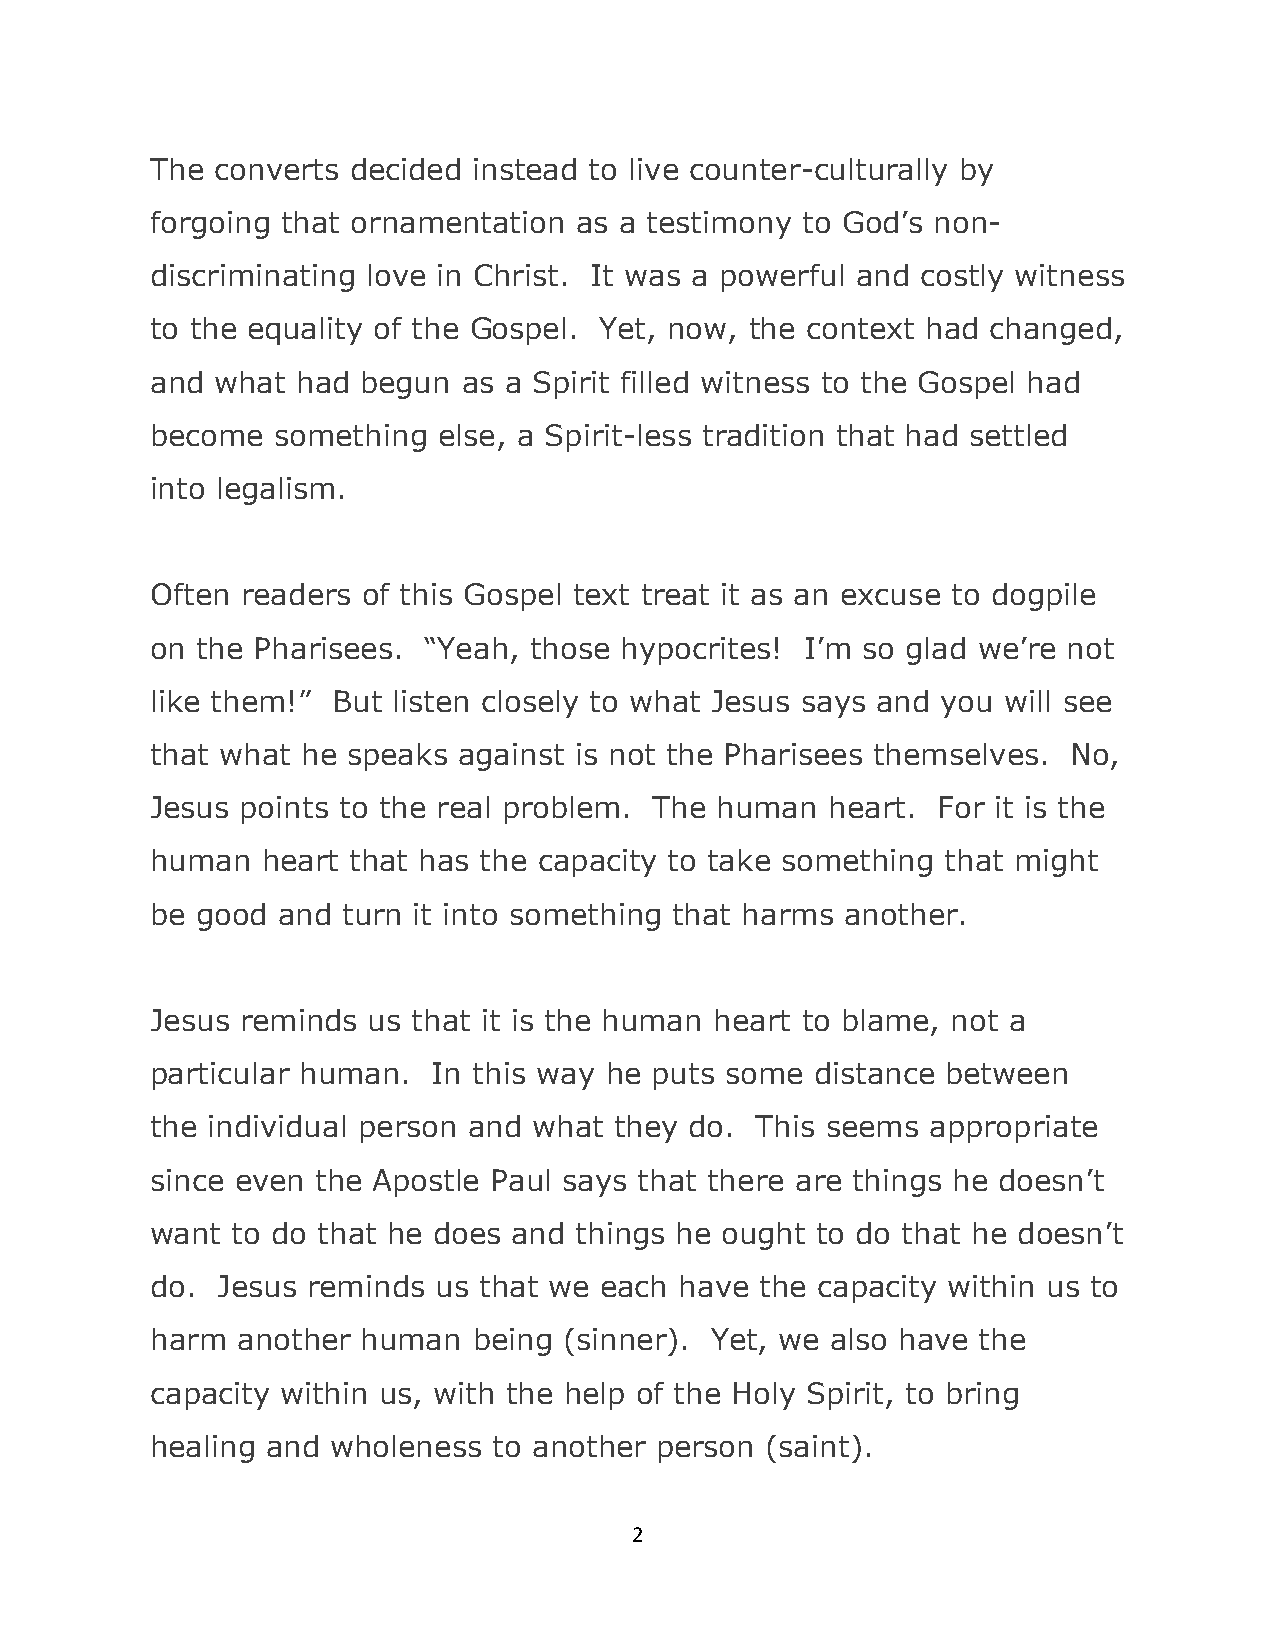
The converts decided instead to live counter-culturally by
 forgoing that ornamentation as a testimony to God’s non-
 discriminating love in Christ. It was a powerful and costly witness
 to the equality of the Gospel. Yet, now, the context had changed,
 and what  had begun  as a Spirit filled witness to the Gospel had
 become  something  else, a Spirit-less tradition that had settled
 into legalism.
 Often readers of this Gospel text treat it as an excuse to dogpile
 on the Pharisees. “Yeah, those hypocrites! I’m so glad we’re not
 like them!” But listen closely to what Jesus says and you will see
 that what he speaks against is not the Pharisees themselves. No,
 Jesus points to the real problem. The human  heart. For it is the
 human  heart that has the capacity to take something that might
 be good and  turn it into something that harms another.
 Jesus reminds us that it is the human heart to blame, not a
 particular human.  In this way he puts some distance between
 the individual person and what they do. This seems  appropriate
 since even the Apostle Paul says that there are things he doesn’t
 want to do that he does and things he ought to do that he doesn’t
 do. Jesus reminds  us that we each have the capacity within us to
 harm  another human  being (sinner). Yet, we also have the
 capacity within us, with the help of the Holy Spirit, to bring
 healing and wholeness  to another person (saint).
 2